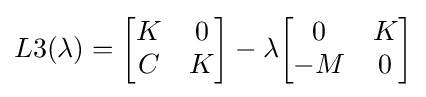
L3(\lambda )={\begin{bmatrix}K&0\\C&K\end{bmatrix}}-\lambda {\begin{bmatrix}0&K\\-M&0\end{bmatrix}}